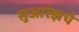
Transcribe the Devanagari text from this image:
सुआरेझचे